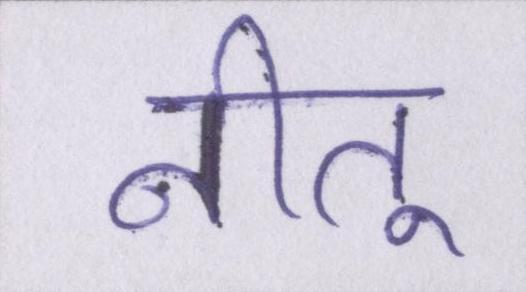
नीतू